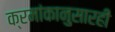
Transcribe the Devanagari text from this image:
क्रमांकानुसारही